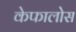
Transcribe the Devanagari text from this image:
केफालोस